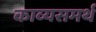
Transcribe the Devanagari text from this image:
काव्यसमर्थ